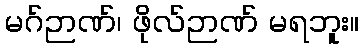
မဂ်ဉာဏ်၊ ဖိုလ်ဉာဏ် မရဘူး။